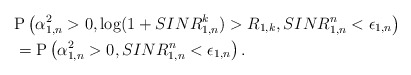
\begin{align*}&\mathrm{P}\left(\alpha_{1,n}^2 >0,\log(1+SINR^k_{1,n})>R_{1,k},SINR^n_{1,n}<\epsilon_{1,n}\right)\\ &=\mathrm{P}\left(\alpha_{1,n}^2 >0, SINR^n_{1,n}<\epsilon_{1,n}\right).\end{align*}